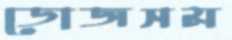
ডোজসম